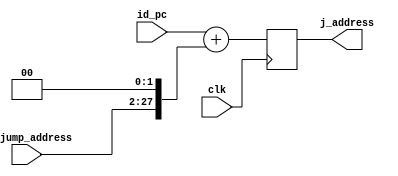
//JUMP MODULE//
module Jump_Check#(parameter ad_size=32)(
  input clk,
  input  [25:0] id_jump_address,
  input [ad_size-1:0] id_pc,
  output reg [ad_size-1:0] j_address
);
  wire [ad_size-1:0]  j_addr;
  assign j_addr=id_jump_address<<2;
  
  always@(posedge clk)
    begin
      j_address=id_pc+j_addr;
    end
endmodule